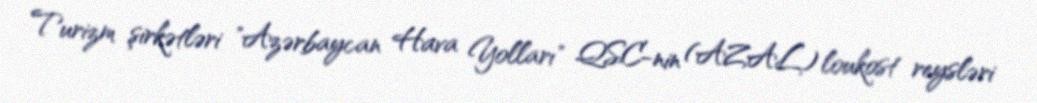
Turizm şirkətləri "Azərbaycan Hava Yolları" QSC-nin (AZAL) loukost reysləri